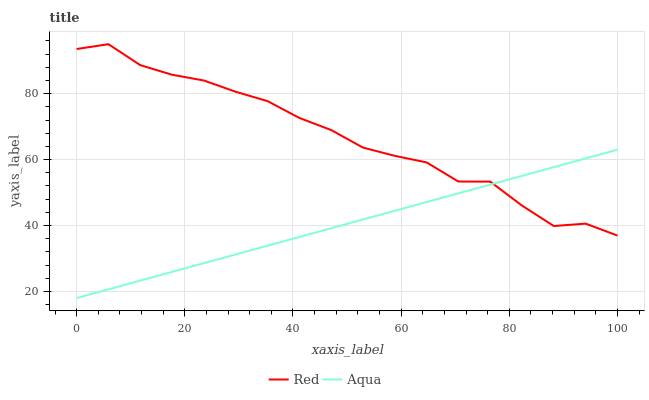
| xaxis_label | Red | Aqua |
 | --- | --- | --- |
 | 0 | 93.5 | 18 |
 | 5.88 | 95 | 20.6 |
 | 11.8 | 88.7 | 23.3 |
 | 17.6 | 85.7 | 25.9 |
 | 23.5 | 84 | 28.6 |
 | 29.4 | 80.6 | 31.2 |
 | 35.3 | 77.7 | 33.9 |
 | 41.2 | 72.6 | 36.5 |
 | 47.1 | 69 | 39.2 |
 | 52.9 | 63.6 | 41.8 |
 | 58.8 | 61.1 | 44.5 |
 | 64.7 | 59.1 | 47.1 |
 | 70.6 | 53.3 | 49.8 |
 | 76.5 | 53.3 | 52.4 |
 | 82.4 | 46 | 55.1 |
 | 88.2 | 39.8 | 57.7 |
 | 94.1 | 40.6 | 60.4 |
 | 100 | 37 | 63 |